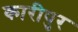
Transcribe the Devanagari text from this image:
कारीपुर